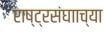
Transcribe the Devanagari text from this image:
राष्ट्रसंघााच्या